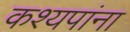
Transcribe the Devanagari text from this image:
कश्यपांना